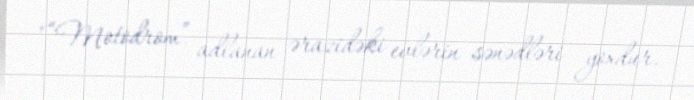
"“Motodrom” adlanan ərazidəki evlərin sənədləri yoxdur.